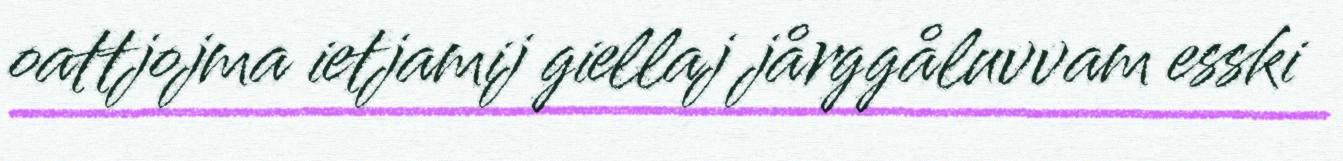
oattjojma ietjamij giellaj jårggåluvvam esski